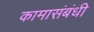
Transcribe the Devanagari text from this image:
कामासंबंधी